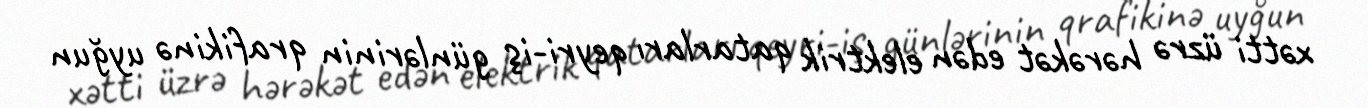
xətti üzrə hərəkət edən elektrik qatarları qeyri-iş günlərinin qrafikinə uyğun